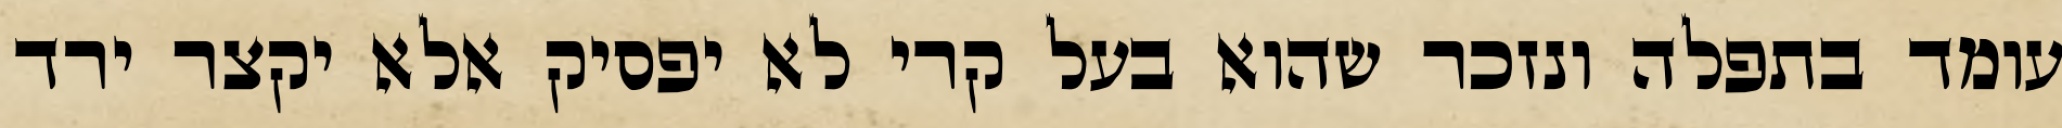
עומד בתפלה ונזכר שהוא בעל קרי לא יפסיק אלא יקצר ירד